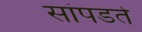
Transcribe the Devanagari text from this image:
सांपडते